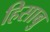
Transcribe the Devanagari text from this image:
हिसाबु